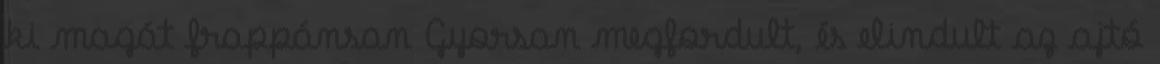
ki magát frappánsan Gyorsan megfordult, és elindult az ajtó